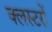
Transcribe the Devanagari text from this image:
क्लस्टरों